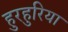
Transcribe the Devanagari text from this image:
हुरहुरिया